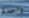
واحدة